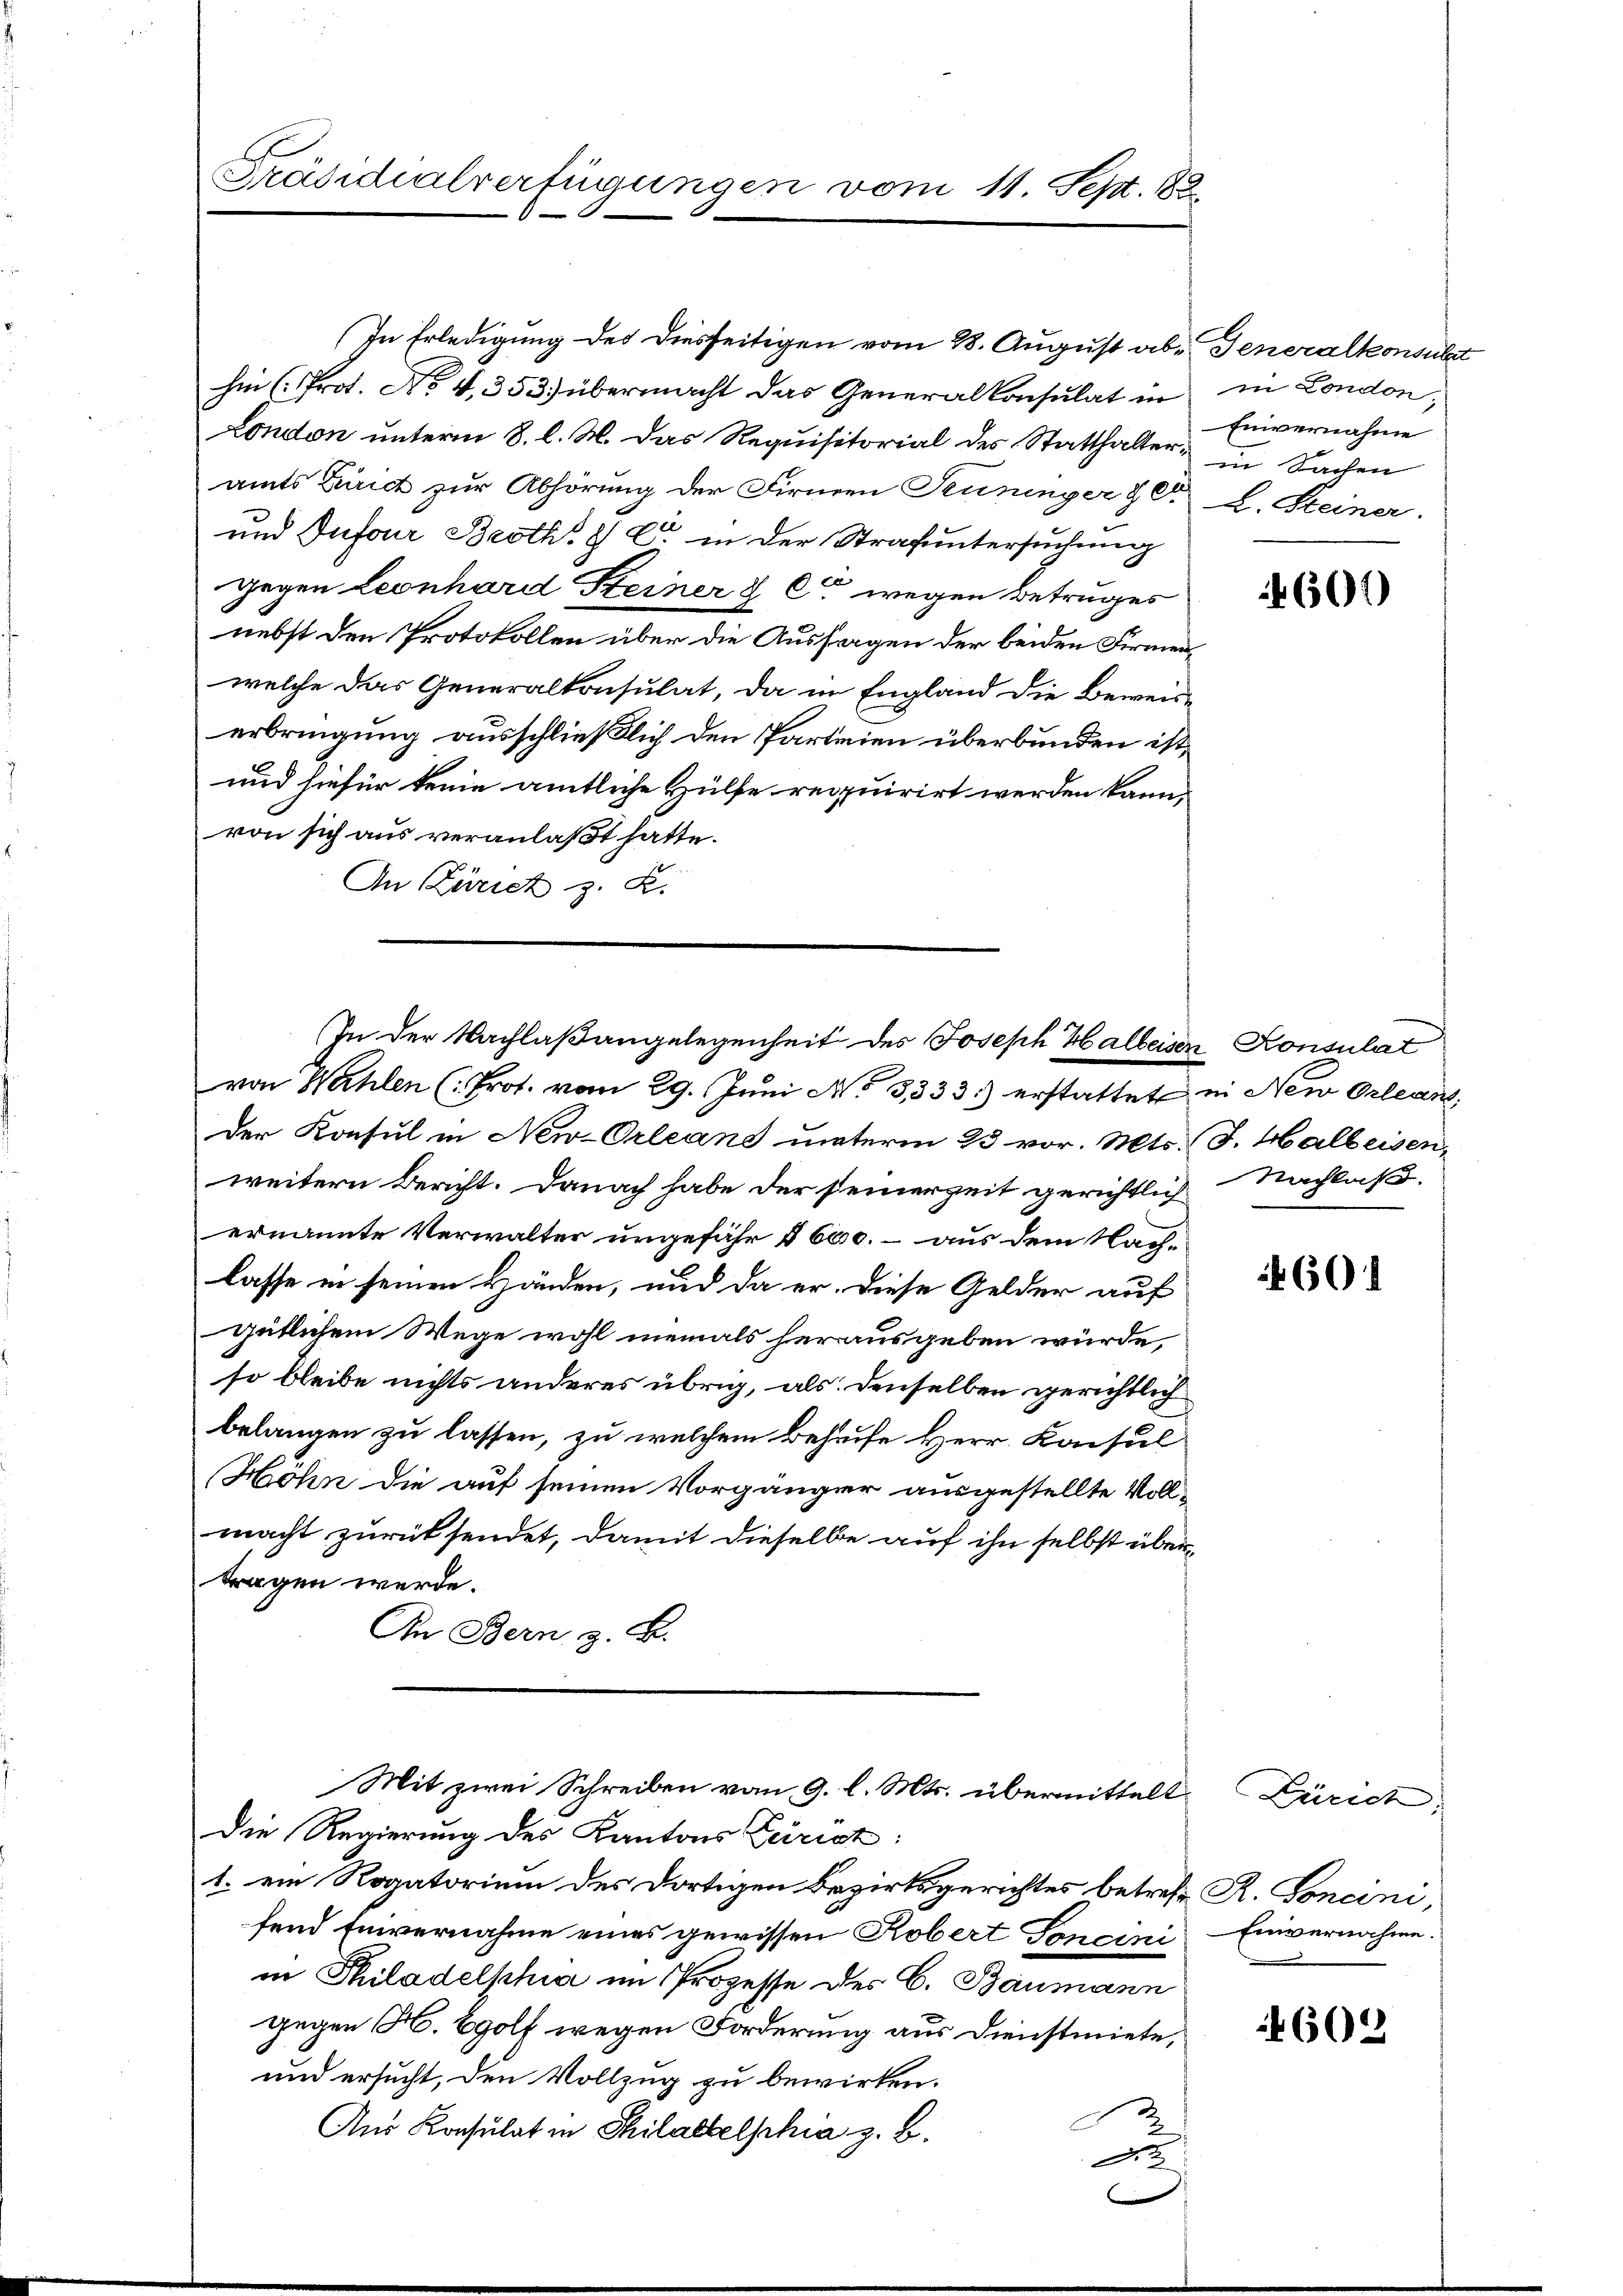
Präsidialverfügungen vom 11. Sept. 82.

In Erledigung der diesseitigen vom 28. August abhin (Prot. No. 4, 353) übermacht das Generalkonsulat in
London unterm 8. l. M. das Requisitorial des Statthalter in Sachen
amts Zürich zur Abhörung der Firmen Seuzinger 20.
und Dufour Broth. 81 C. in der Strafuntersuchung
gegen Leonhard Steiner & Ca wegen Betruges
nebst den Protokollen über die Ausfragen der beiden Firmenwelche das Generalkonsulat, da in England die Beweiserbringung ausschließlich den Partinien überbunden ist,
und hiefür keine amtliche Hülfe requirirt werden kann,
von sich aus veranlaßt hatte.
An Zürich z. B.
Der Konsul in New-Orleans unterm 23 vor. Mts. (T. Halbeisen,
weitern Bericht. Danach habe der seinerzeit gerichtlich Nachlasse
ernannte Verwalter ungefähr 1600. – aus dem Nachlasse in seinen Händen, und da er. Diese Gelder auf
gütlichem Wege wohl niemals herausgeben würde,
so bleibe nichts anderes übrig, als denselben gerichtlich
belangen zu lassen, zu welchem Behufe Herr Konsul
Höhn die auf seinen Vorgänger ausgestellte Voll-
macht zurücksendet, damit dieselbe auf ihn selbst über-
tragen werde.
An Bern z. B.
Mit zwei Schreiben vom 9. l. Mts. übermittelt Zürich
Die Regierung des Kantons Zürich:
1. ein Rogatorium des dortigen Bezirksgerichtes betreff R. Concini,
fend Einvernahme eines gewissen Robert Toncini Einvernahme.
in Philadelphia im Prozesse des C. Baumann
gegen H. Egolf wegen Forderung aus Dienstmiete,
und ersucht, den Vollzug zu bewirken.
Aus Konsulat in Philallelphia z. B.
.

(In der Nachlaßangelegenheit des Joseph Halbeisen Konsulat
von Wahlen (: Prot. vom 29. Jŭni No 3333.) erstattet in Neu Orleans,

Generalkonsult
in London,
Einvernahme
L. Steiner.

601)

601

4602